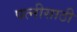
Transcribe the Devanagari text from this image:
पत्नीसाठी